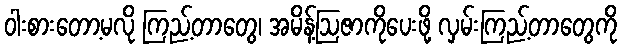
ဝါးစားတော့မလို ကြည့်တာတွေ၊ အမိန့်ဩဇာကိုပေးဖို့ လှမ်းကြည့်တာတွေကို